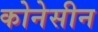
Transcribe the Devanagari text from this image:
कोनेसीन